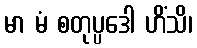
မာ မံ စတုပ္ပဒေါ ဟိံသိ၊